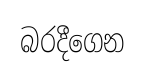
බරදීගෙන